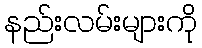
နည်းလမ်းများကို